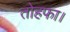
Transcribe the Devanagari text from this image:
तोहफा।